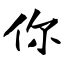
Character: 你